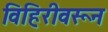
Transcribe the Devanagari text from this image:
विहिरीवरून